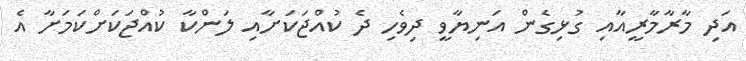
އަދި މާރާމާރީއާއި ގުޅިގެން އަނިޔާވީ ދިވެހި ދެ ކުއްޖަކަށާއި ލަންކާ ކުއްޖަކަށްކަމަށާ އެ